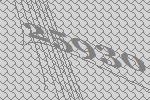
25930